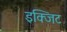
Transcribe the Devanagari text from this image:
इक्जिट